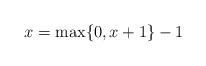
LaTeX: \begin{align*} x = \max\{0,x+1\}-1\end{align*}